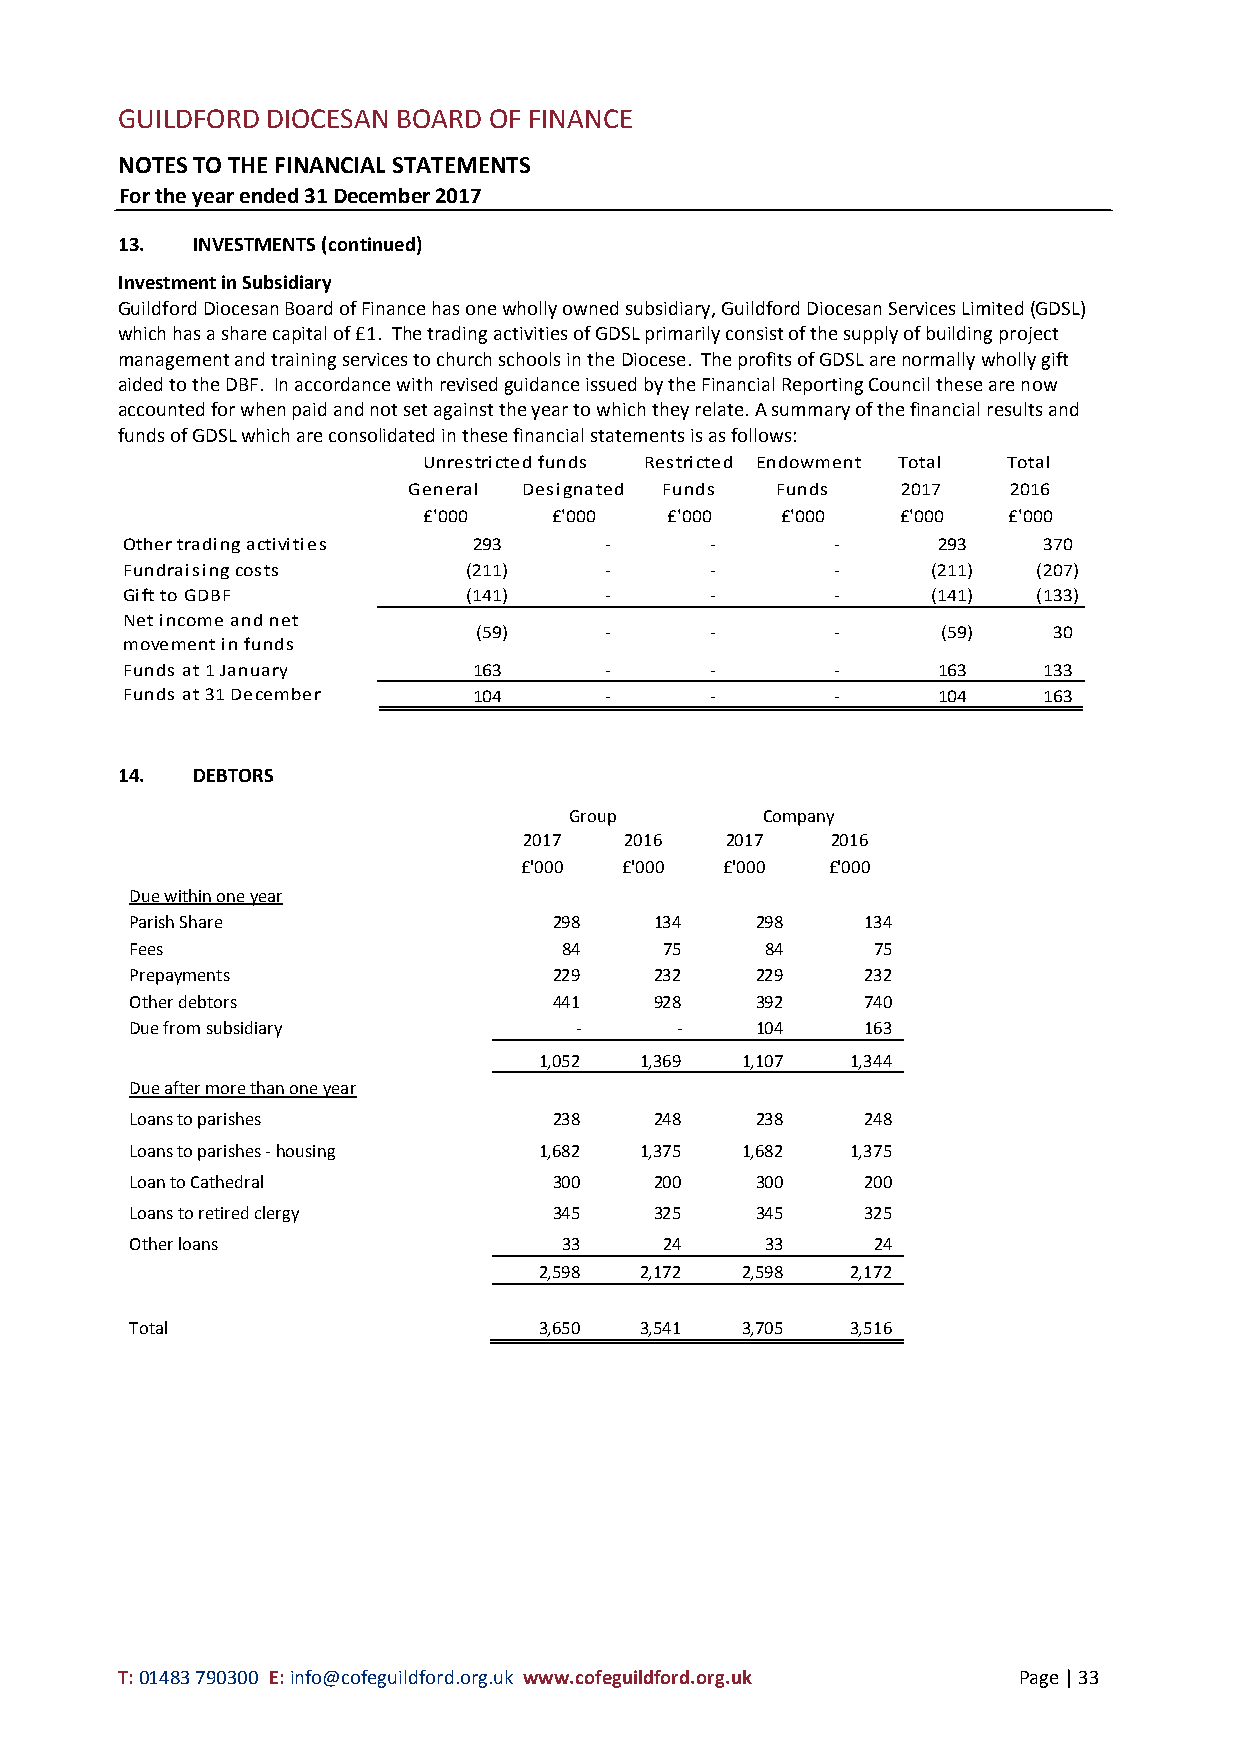
GUILDFORD DIOCESAN BOARD OF FINANCE
 NOTES TO THE FINANCIAL STATEMENTS
 For the year ended 31 December 2017
 13.  INVESTMENTS (continued)
 Investment in Subsidiary
 Guildford Diocesan Board of Finance has one wholly owned subsidiary, Guildford Diocesan Services Limited (GDSL)
 which has a share capital of £1. The trading activities of GDSL primarily consist of the supply of building project
 management and training services to church schools in the Diocese. The profits of GDSL are normally wholly gift
 aided to the DBF. In accordance with revised guidance issued by the Financial Reporting Council these are now
 accounted for when paid and not set against the year to which they relate. A summary of the financial results and
 funds of GDSL which are consolidated in these financial statements is as follows:
 Unrestricted funds Restricted Endowment Total Total
 General Designated Funds Funds   2017   2016
 £'000    £'000  £'000   £'000   £'000  £'000
 Other trading activities 293    -      -       -      293    370
 Fundraising costs      (211)    -      -       -      (211)  (207)
 Gift to GDBF           (141)    -      -       -      (141)  (133)
 Net income and net
 (59)     -      -       -      (59)    30
 movement in funds
 Funds at 1 January     163      -      -       -      163    133
 Funds at 31 December   104      -      -       -      104    163
 14.  DEBTORS
 Group       Company
 2017  2016   2017   2016
 £'000  £'000  £'000  £'000
 Due within one year
 Parish Share                298   134    298    134
 Fees                        84     75     84     75
 Prepayments                 229   232    229    232
 Other debtors               441   928    392    740
 Due from subsidiary          -      -    104    163
 1,052 1,369  1,107  1,344
 Due after more than one year
 Loans to parishes           238   248    238    248
 Loans to parishes - housing 1,682 1,375 1,682  1,375
 Loan to Cathedral           300   200    300    200
 Loans to retired clergy     345   325    345    325
 Other loans                 33     24     33     24
 2,598 2,172  2,598  2,172
 Total                      3,650 3,541  3,705  3,516
 T: 01483 790300 E: info@cofeguildford.org.uk www.cofeguildford.org.uk Page | 33